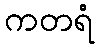
ကတရံ